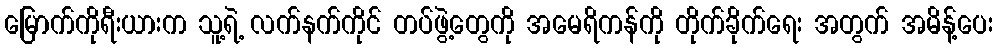
မြောက်ကိုရီးယားက သူ့ရဲ့ လက်နက်ကိုင် တပ်ဖွဲ့တွေကို အမေရိကန်ကို တိုက်ခိုက်ရေး အတွက် အမိန့်ပေး